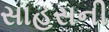
સાહસની